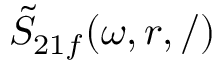
\tilde { S } _ { 2 1 f } ( \omega , r , / )